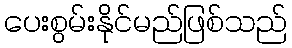
ပေးစွမ်းနိုင်မည်ဖြစ်သည်